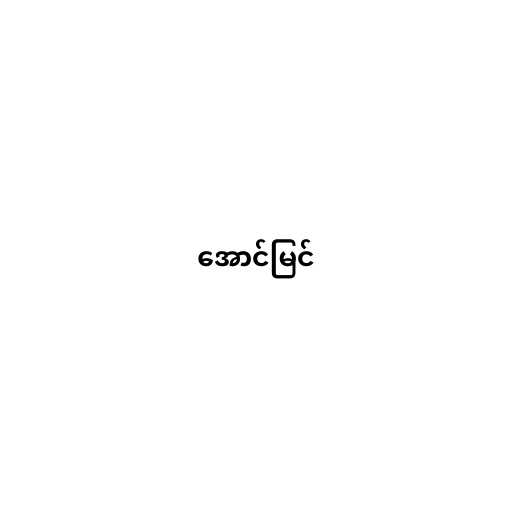
အောင်မြင်